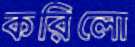
করিলো